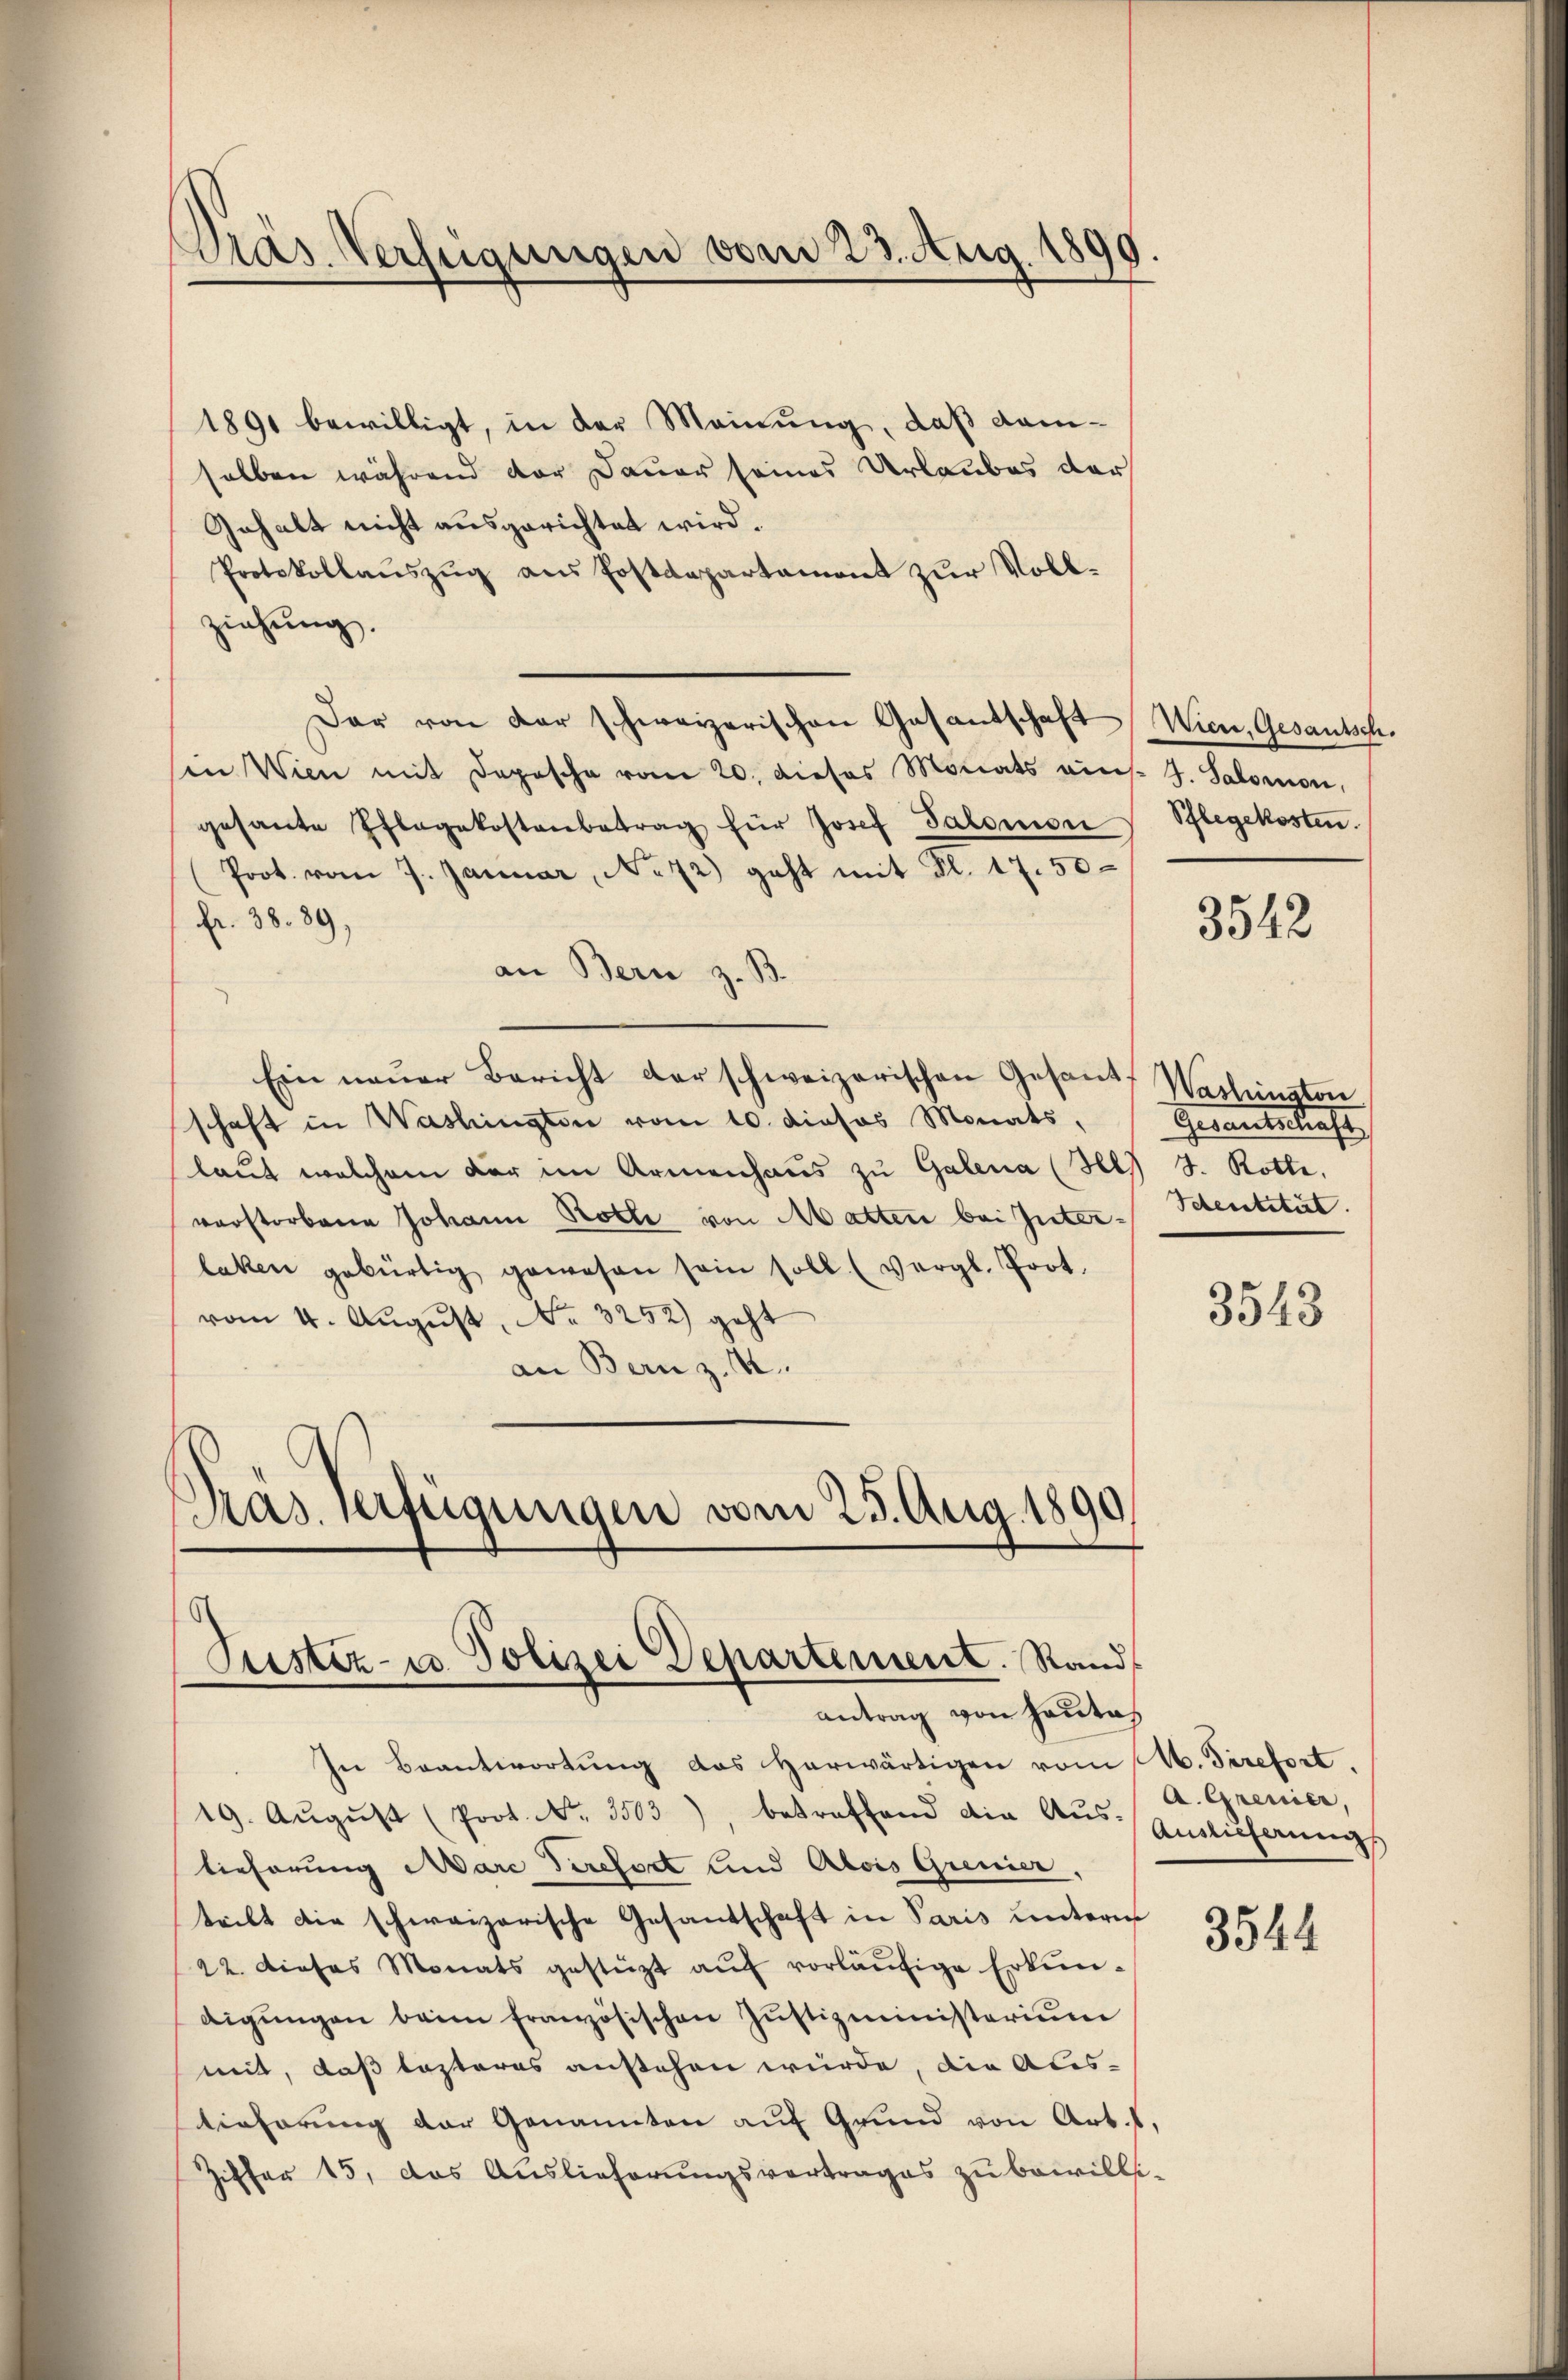
Präs. Verfügungen vom 23. Aug. 189

1891 bewilligt, in der Meinung, daß damselben während der Dauer seines Urlaubes der
Gehalt nicht ausgerichtet wird.
Protokollaŭszŭg ans Postdepartament zur Vollziehung.
Dar von der schweizerischen Gasantschaft Wien, Gesantsch.
Ein Wien mit Depesche vom 20. dieses Monats eins. G. Salomon,
gesante Pflegekostenbetrag für Josef Salomon Pflegekosten.
Prot. vom 7. Januar, No 72) geht mit Kl. 17. 50
fr. 38. 89,
an Bern z. B.
Ein neŭer Bericht der schweizerischen Gesandt Washington
schaft in Washington vom 10. dieses Monats,
laut welchem der im Armenhaus zu Galena (Hl) J. Rotte,
verstorbene Johann Rothe von Matten bei Inter-Ithentität.
laken gebürtig gewesen sein soll (vergl. Prot.
vom 4. August, No. 3252) geht
an Bern z. B.
Pras. Verfügungen vom 25. Aug. 1890.

t
Justiz- u. Polizei Departement. Rand
antrag von Hauta

In Beantwortung das herwärtigen vom 16. Serefort,
19. Aŭgŭst (Prot. No. 3503), betreffend die Aŭs-Einlicherŭngs
tieferung Mare Terefort und Alois Grenier,
teilt die schweizerische Gesandschaft in Paris untern
22. dieses Monats gestützt aŭf vorläŭfige Erkŭn-
digŭngen beim Französischen Jŭstizministerium
mit, daß lezteres anstehen würde, die Aus-
tieferung der Genannten auf Grund von Art. 1,
Ziffer 15, das Auslieferungsvertrages zu bewilli¬

3542

Gesantschaft

3543

A. Grenier,

3544